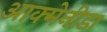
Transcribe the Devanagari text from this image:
आक्मेनीडा